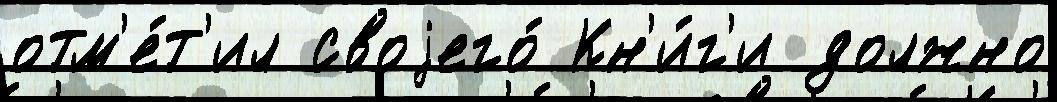
отм'е́т'ил своjего́ Кн'и́г'и должно